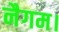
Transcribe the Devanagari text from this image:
नैगम।